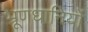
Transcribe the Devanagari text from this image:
भ्रूणधानियों